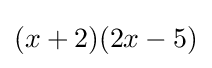
(x+2)(2x-5)